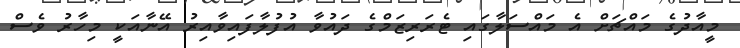
މީއާދުގެ މައްޗަށް އެ މައްސަލާގައި ޓެރަރިޒަމްގެ ދައުވާ އުފުލާފައިވާއިރު އޭނާއަކީ މިހާރު ވެސް